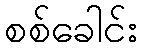
စစ်ခေါင်း